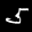
Label: 5